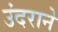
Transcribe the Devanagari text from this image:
उंदराने